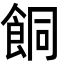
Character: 餇